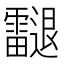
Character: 𨙝